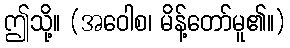
ဤသို့။ (အဝေါစ၊ မိန့်တော်မူ၏။)